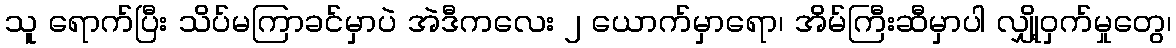
သူ ရောက်ပြီး သိပ်မကြာခင်မှာပဲ အဲဒီကလေး ၂ ယောက်မှာရော၊ အိမ်ကြီးဆီမှာပါ လျှို့ဝှက်မှုတွေ၊